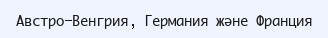
Австро-Венгрия, Германия және Франция